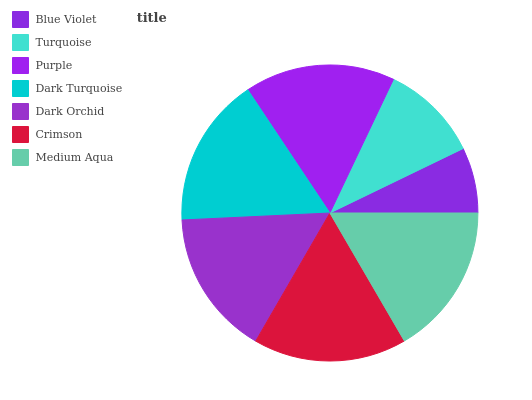
| Blue Violet | Turquoise | Purple | Dark Turquoise | Dark Orchid | Crimson | Medium Aqua |
 | --- | --- | --- | --- | --- | --- | --- |
 | 7.17% | 10.8% | 16.4% | 16.4% | 15.9% | 16.7% | 16.6% |